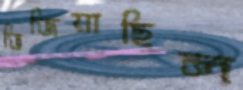
ভিজিয়াছিল